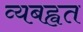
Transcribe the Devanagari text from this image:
व्यबह्वत